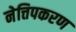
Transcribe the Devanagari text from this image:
नेत्तिपकरण